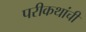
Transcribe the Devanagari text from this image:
परीकथांची